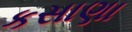
કસાણા